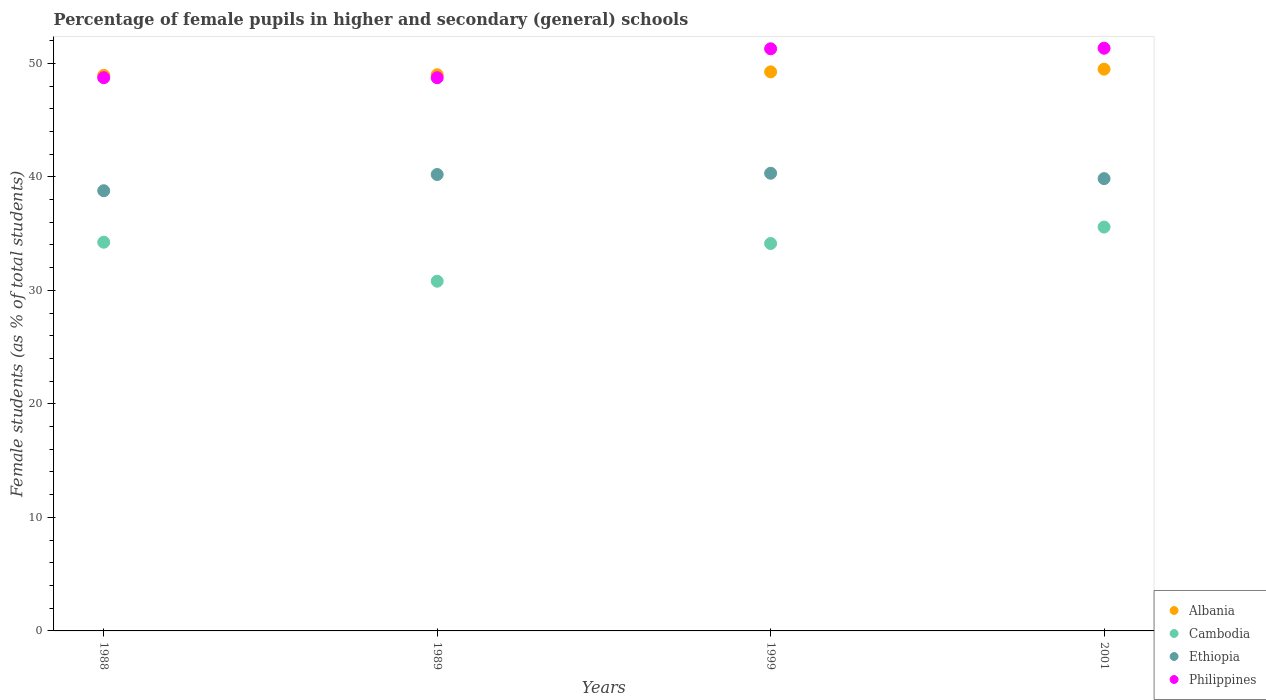
| Years | Albania | Cambodia | Ethiopia | Philippines |
 | --- | --- | --- | --- | --- |
 | 1988 | 48.9 | 34.2 | 38.8 | 48.7 |
 | 1989 | 49 | 30.8 | 40.2 | 48.7 |
 | 1999 | 49.2 | 34.1 | 40.3 | 51.3 |
 | 2001 | 49.5 | 35.6 | 39.8 | 51.3 |